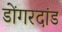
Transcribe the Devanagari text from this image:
डोंगरदांड